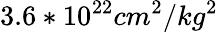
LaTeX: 3.6*10^{22}cm^{2}/kg^{2}